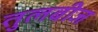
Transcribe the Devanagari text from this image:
तुलबीज